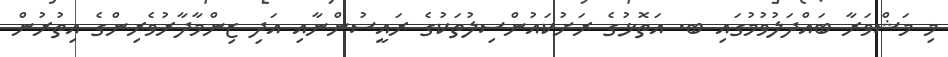
މި މަޝްވަރާ ބައްދަލުވުމުގައި ބ. އަތޮޅުގެ ރަށުކައުންސިލުތަކުގެ ރައީސުންނާއި އަދި ޒިންމާދާރުވެރިންގެ އިތުރުން